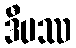
ဒီပဿ